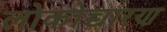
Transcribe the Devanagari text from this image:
लोकोच्चारण